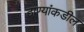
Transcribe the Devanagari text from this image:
ठाण्यांकडील